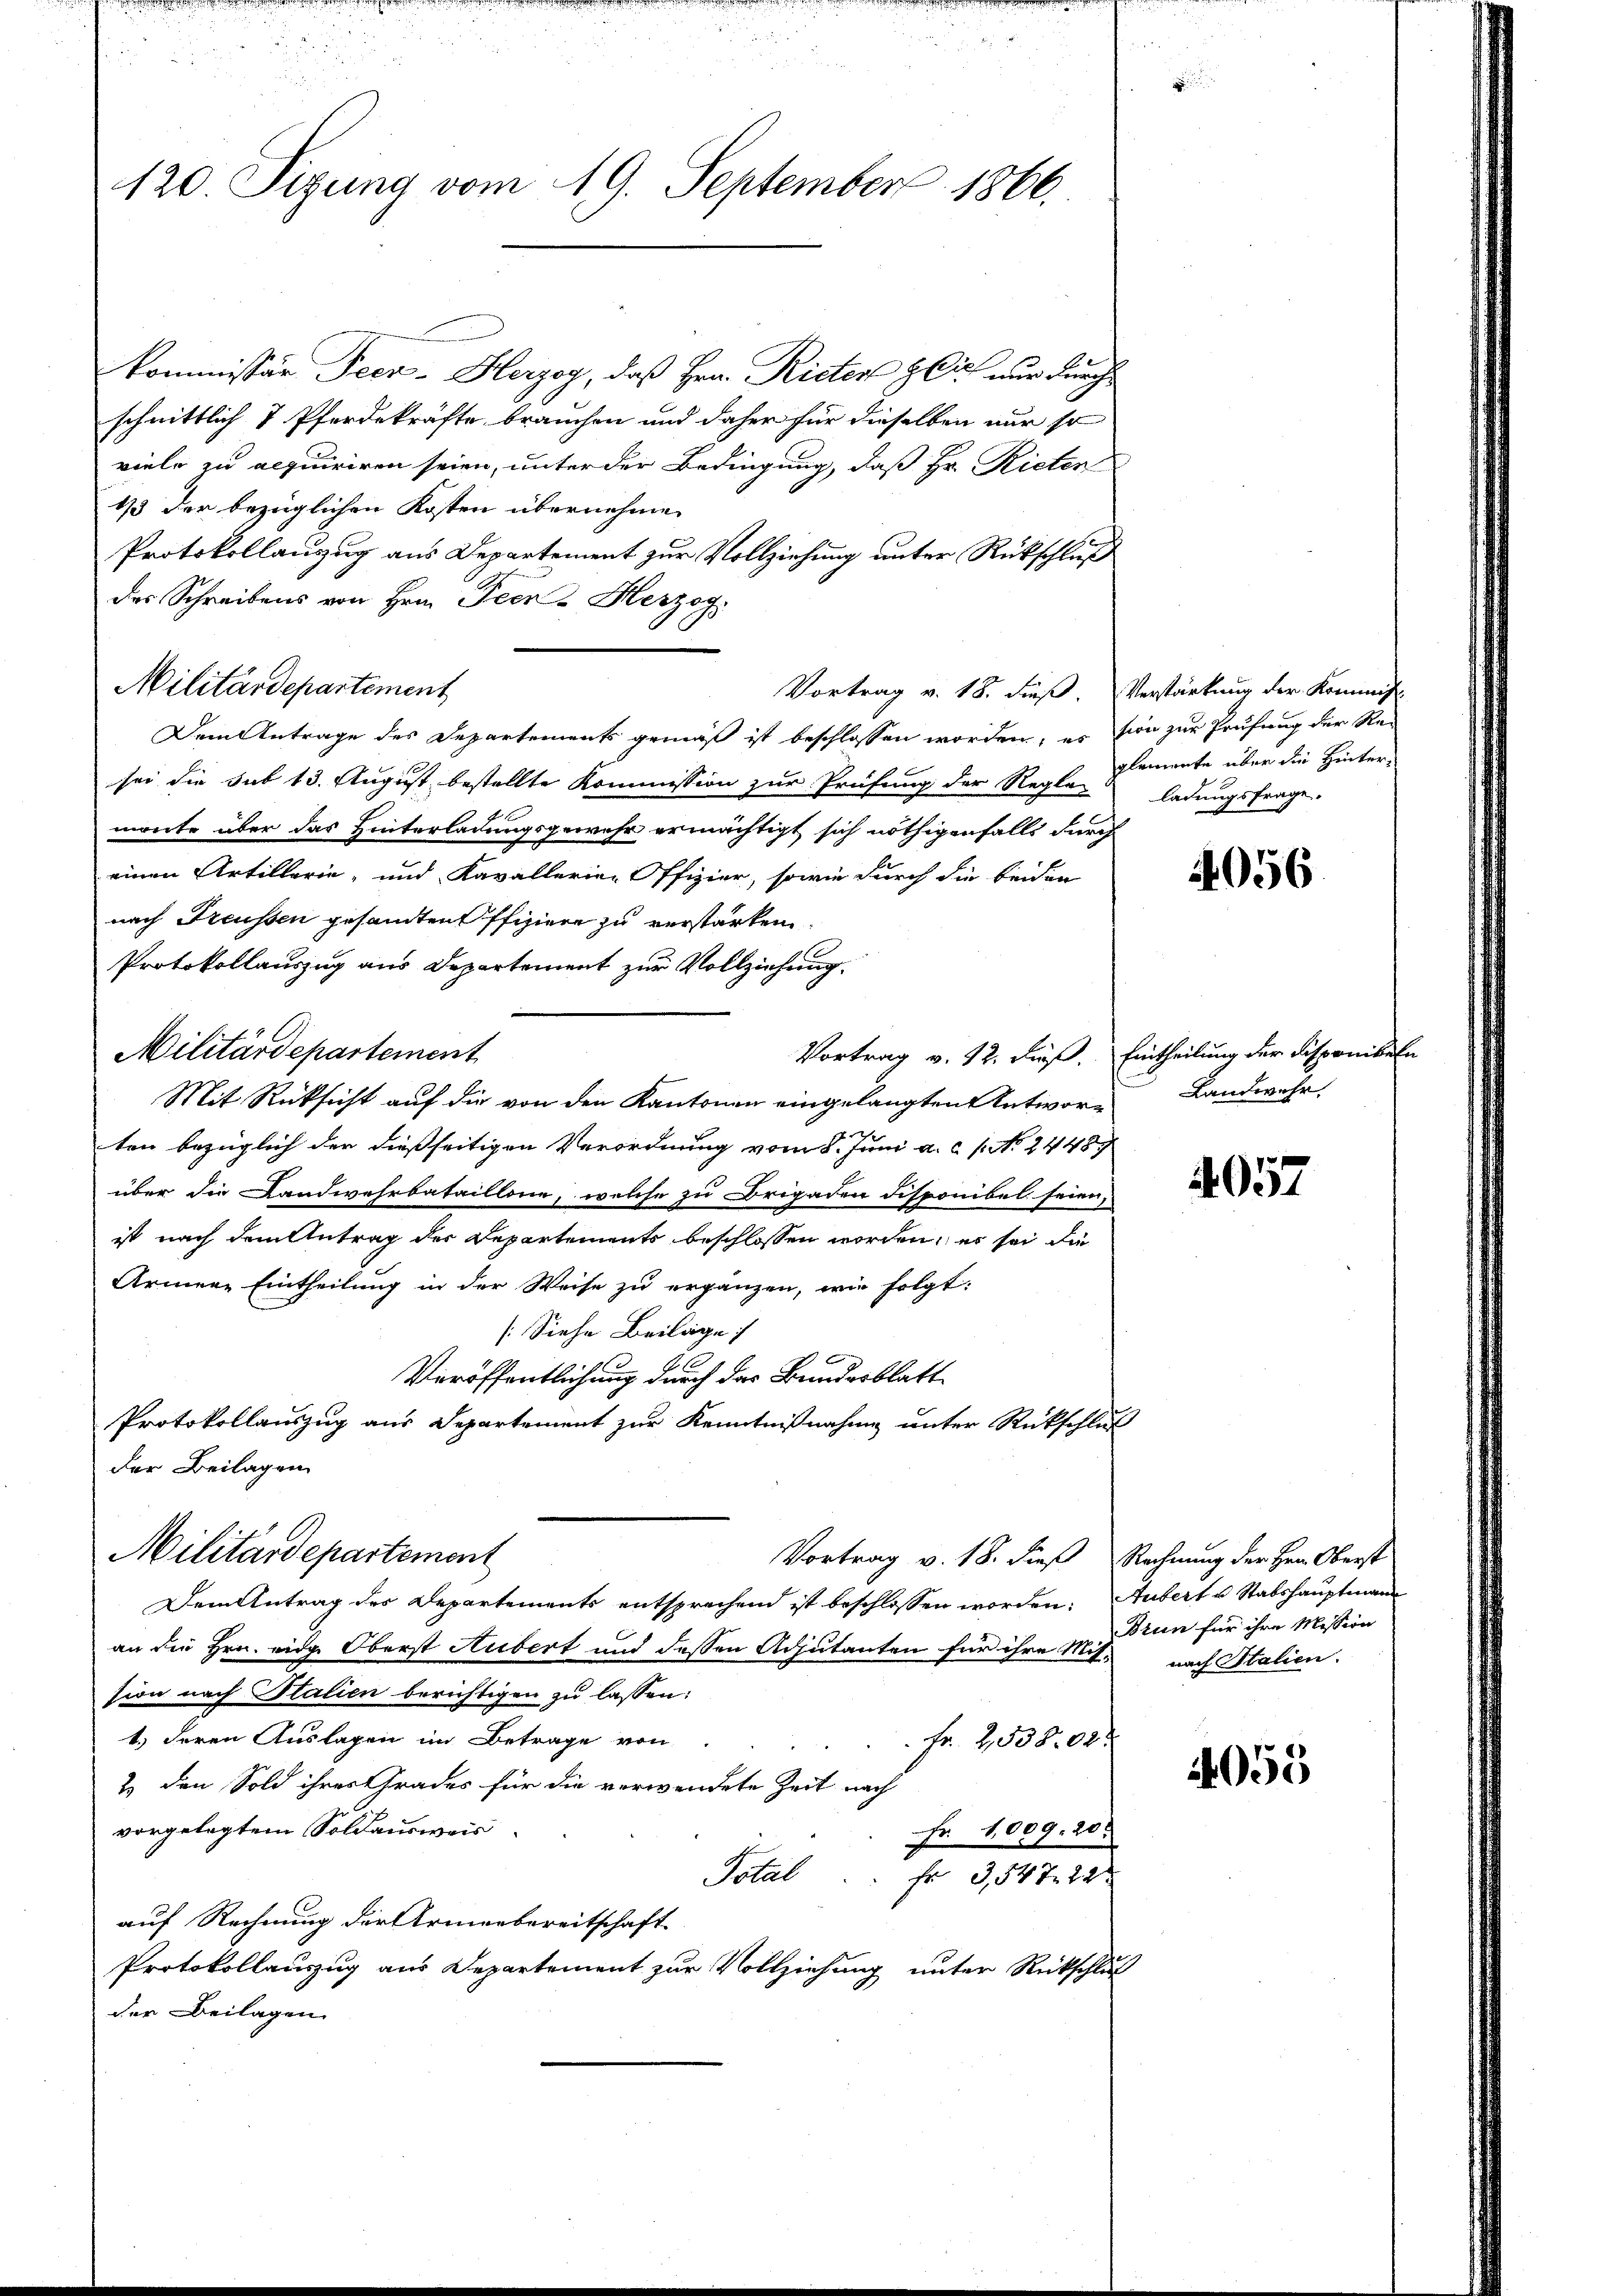
120. Sizung vom 19. September 1866.

kommissär Peen-Herzog, daß Hrn. Rieter Zeich nur durch
schnittlich 7 Pferdekräfte brauchen und daher für dieselben nur so
viele zu acquiriren seien, unter der Bedingung, daß Hr. Rieter
13 der bezüglichen Kosten übernehmen
Protokollanzug aus Departement zur Vollziehung unter Rückschluß
des Schreibens von Hrn. Peen - Herzog.
Militärdepartement
Dem Antrage des Departements gemäß ist beschlossen worden, es sion zur Prüfung der Re-
sei die Sub 13. August bestellte Kommission zur Prüfung der Regleglemente über die Hinter-
monte über das Hinterladungsgewehr ermächtigt sich nöthigenfalls durch
einen Artillerie, und Kavallerie-Offizier, sowie durch die beiden
nach Freussen gesandten Offiziere zu verstärken.
Protokollauszug aus Departement zur Vollziehung.
Militärdepartement
Vortrag v. 12. dieß. Eintheilung der Disponibel
Mit Rücksicht auf die von den Kantonen eingelangten Antworten bezüglich der dießseitigen Verordnung vom 8. Juni a.c. s. No. 2448
über die Landwehrbataillone, welche zu Brigaden Disponibel seien,
ist nach dem Antrag der Departements beschlossen worden, er sei die
Armene Eintheilung in der Weise zu ergänzen, wie folgt:
[Siehe Beilage
Veröffentlichung durch der Bundesblatt
Protokollauszug aus Departement zur Kenntnißnahme unter Rückschluß
der Beilagen
Militärdepartement
Vortrag v. 18. dieß Rechnung der Hrn. Oberst
Dem Antrag des Departements entsprechend ist beschlossen worden: Aubert u Stabshauptmann
an die Hrn. eige Oberst Hubert und dessen Adjutanten für ihre Mit- nach Italien.
sion nach Italien berichtigen zu lassen:
1.) Deren Auslagen im Betrage von
Fr. 253804.
2) den Sold ihrer Grades für die verwendete Zeit nach
vorgelegtem Soldausweis
Fr. 1009. 20.
Total
fr 3,547. 24
auf Rechnung der Armenbereitschaft
Protokollauszug aus Departement zur Vollziehung unter Rückschluß
der Beilagen

Vortrag v. 18. dieß. Verstärkung der Kommis-

ladungsfrage.

4056

Landwehr

4057

Brun für ihre Mission

4055